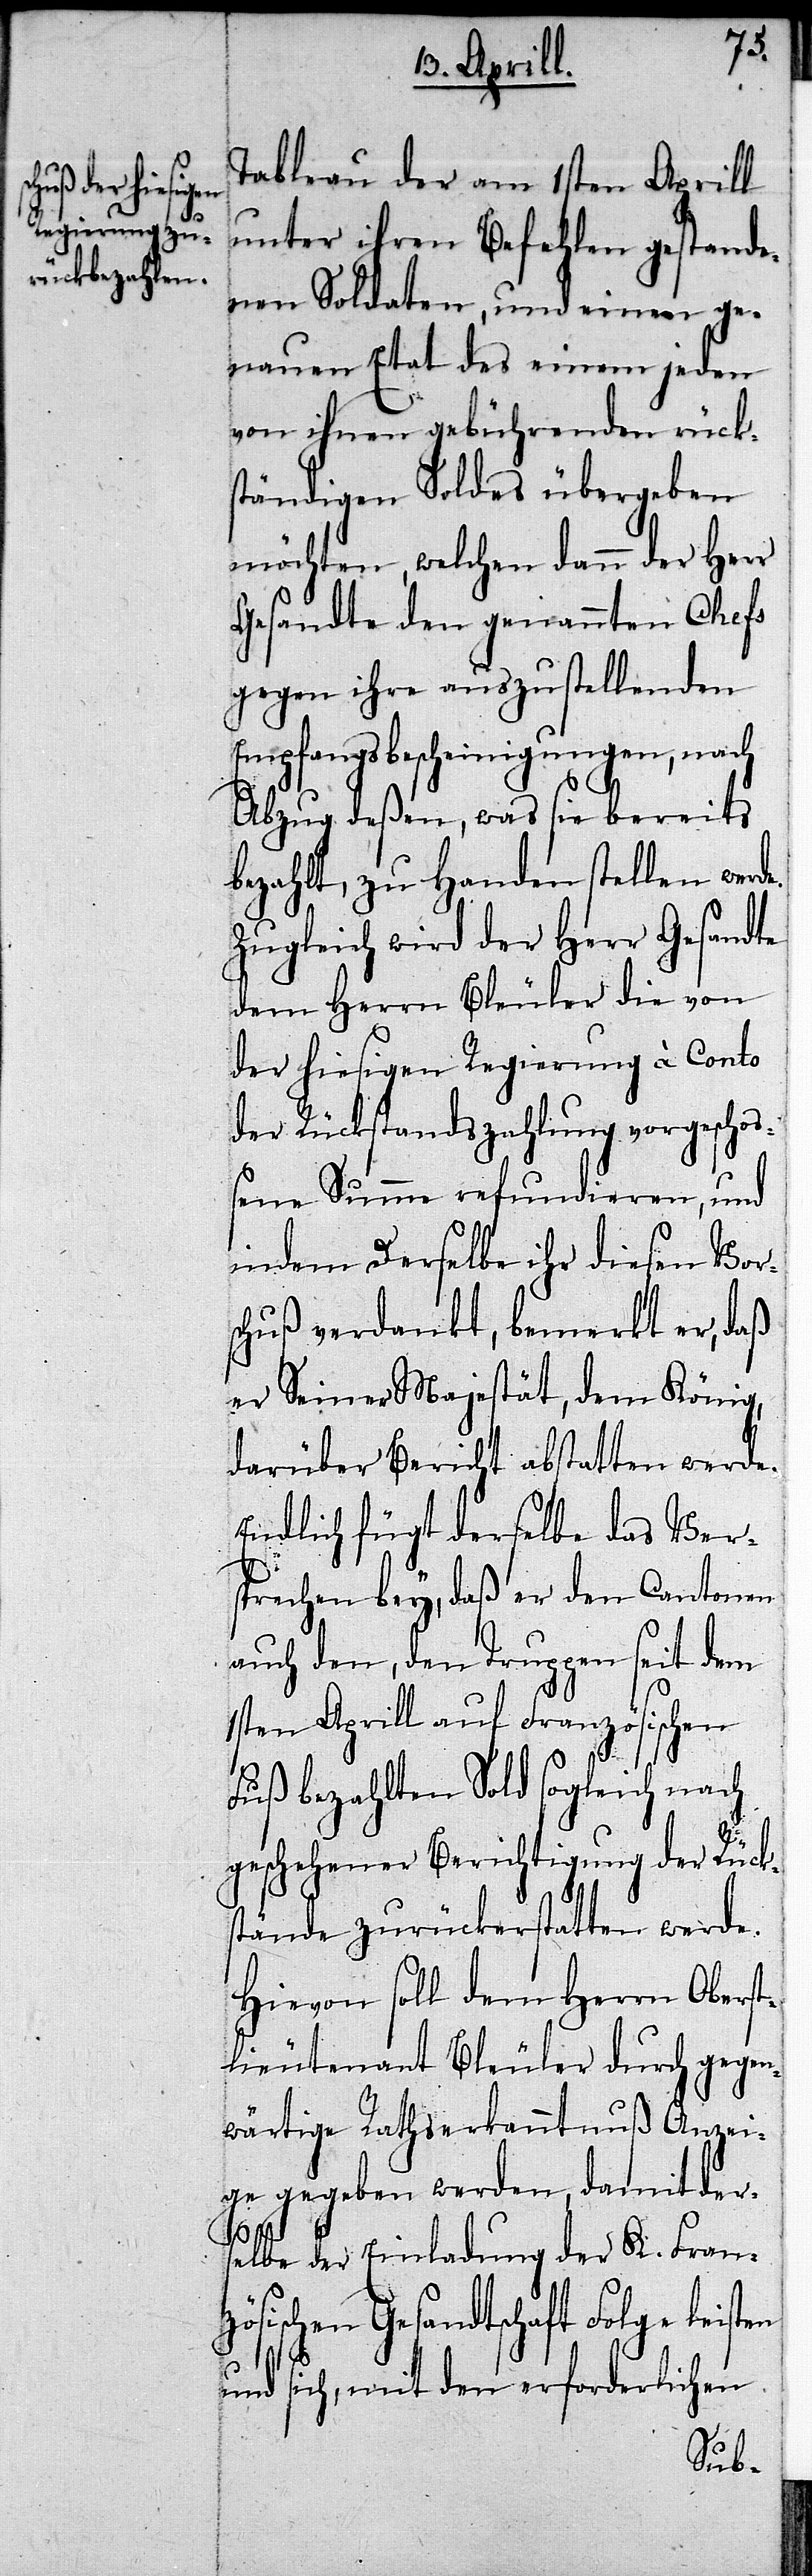
leisten

Tableau der am 1sten Aprill
unter ihren Befehl gestande¬
nen Soldaten, und einem ge¬
nauen Etat des einem jeden
von ihnen gebührenden rück¬
ständigen Soldes übergeben
möchten, welchen dann der Herr
Gesandte den genannten Chefs
gegen ihre auszustellenden
Empfangsbescheinigungen, nach
Abzug deßen, was sie bereits
bezahlt, zu Handen stellen werde.
Zugleich wird der Herr Gesandte
dem Herrn Bleuler die von
der hiesigen Regierung à Conto
der Rückstandszahlung vorgescho¬
ßene Summe refundieren, und
indem Derselbe ihr diesen Vors¬
chuß verdankt, bemerkt er, daß
er Seiner Majestät, dem König,
darüber Bericht abstatten werde.
Endlich fügt derselbe das Ver¬
sprechen bey, daß er den Cantonen
auch den, den Truppen seit dem
1sten Aprill auf Französischen
Fuß bezahlten Sold sogleich nach
geschehener Berichtigung der Rücks¬
tände zurückerstatten werde.
Hievon soll dem Herrn Oberst¬
lieutenant Bleuler durch gegen¬
wärtige Rathserkanntnuß Anzei¬
ge gegeben werden, damit ders¬
elbe der Einladung der K. Franzö¬
sischen Gesandtschaft Folge
und sich, mit den erforderlichen